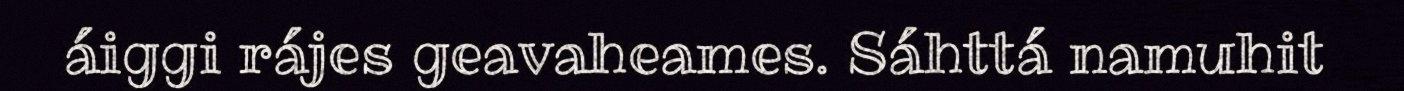
áiggi rájes geavaheames. Sáhttá namuhit